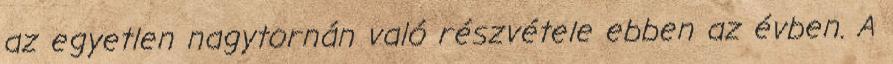
az egyetlen nagytornán való részvétele ebben az évben. A